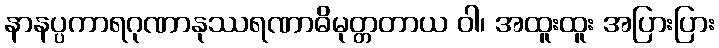
နာနပ္ပကာရဂုဏာနုဿရဏာဓိမုတ္တတာယ ဝါ၊ အထူးထူး အပြားပြား